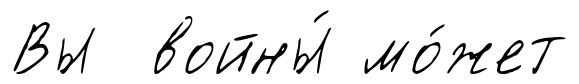
Вы войны́ мо́жет